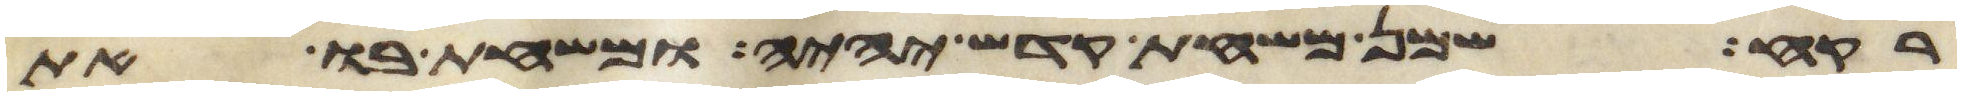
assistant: רקח שמן משחת קדש יהיה ומשחת בו את